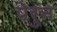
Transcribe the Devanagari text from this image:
पेरुन